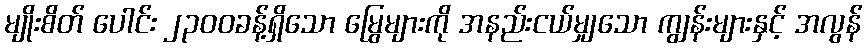
မျိုးစိတ် ပေါင်း ၂၃၀၀ခန့်ရှိသော မြွေများကို အနည်းငယ်မျှသော ကျွန်းများနှင့် အလွန်